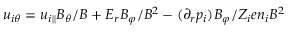
u _ { i \theta } = u _ { i \parallel } B _ { \theta } / B + E _ { r } B _ { \varphi } / B ^ { 2 } - ( \partial _ { r } p _ { i } ) B _ { \varphi } / Z _ { i } e n _ { i } B ^ { 2 }